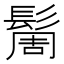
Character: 䯾